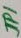
Text: JPI